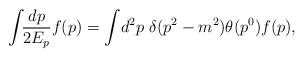
LaTeX: \begin{align*}\int\!\!\frac{dp}{2E_{p}}f(p) = \int\!d^{2}p\ \delta(p^{2}-m^{2}) \theta(p^{0}) f(p),\end{align*}